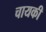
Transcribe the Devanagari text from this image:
चायकी